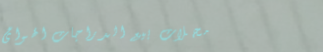
محلات بيع الدراجات الهوائ